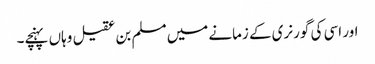
اور اسی کی گورنری کے زمانے میں مسلم بن عقیل وہاں پہنچے۔